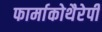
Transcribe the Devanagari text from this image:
फार्माकोथैरेपी